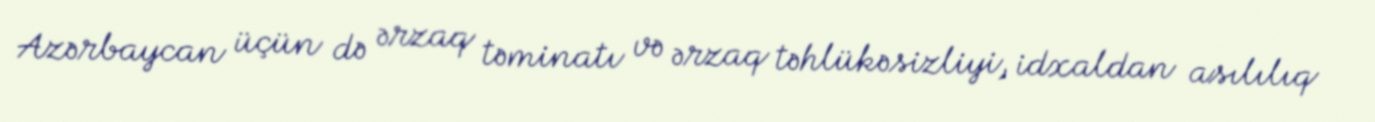
Azərbaycan üçün də ərzaq təminatı və ərzaq təhlükəsizliyi, idxaldan asılılıq